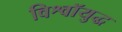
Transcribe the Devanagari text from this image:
विश्वॉयुद्ध